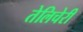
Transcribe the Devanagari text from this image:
तेलिचेरी